Rangoon Lunatic Asylum 1893-1897 - 1893-1897
Year: 1893
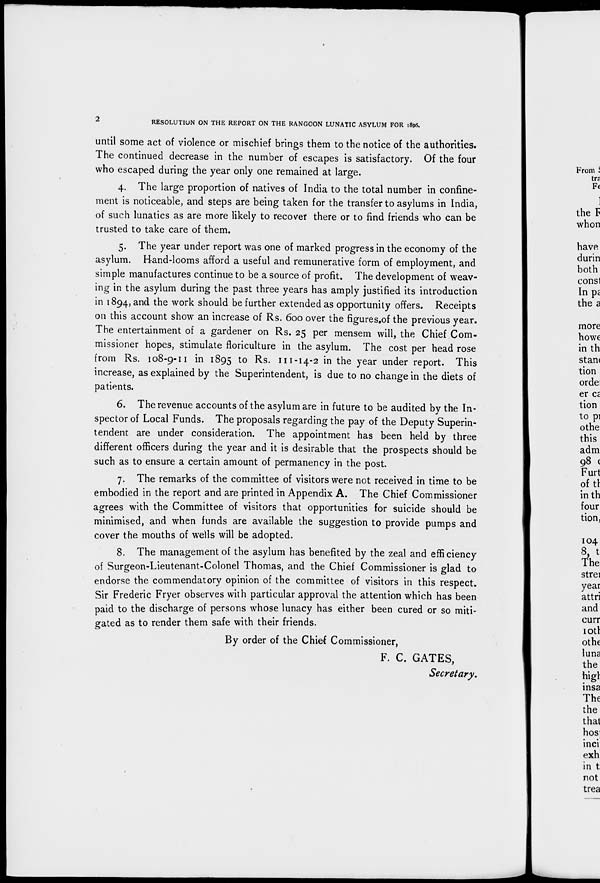
2
RESOLUTION ON THE REPORT ON THE RANGOON LUNATIC ASYLUM FOR 1896.
until some act of violence or mischief brings them to the notice of the authorities.
The continued decrease in the number of escapes is satisfactory. Of the four
who escaped during the year only one remained at large.
4. The large proportion of natives of India to the total number in confine-
ment is noticeable, and steps are being taken for the transfer to asylums in India,
of such lunatics as are more likely to recover there or to find friends who can be
trusted to take care of them.
5. The year under report was one of marked progress in the economy of the
asylum. Hand-looms afford a useful and remunerative form of employment, and
simple manufactures continue to be a source of profit. The development of weav-
ing in the asylum during the past three years has amply justified its introduction
in 1894, and the work should be further extended as opportunity offers. Receipts
on this account show an increase of Rs. 600 over the figures of the previous year.
The entertainment of a gardener on Rs. 25 per mensem will, the Chief Com-
missioner hopes, stimulate floriculture in the asylum. The cost per head rose
from Rs. 108-9-11 in 1895 to Rs. 111-14-2 in the year under report. This
increase, as explained by the Superintendent, is due to no change in the diets of
patients.
6. The revenue accounts of the asylum are in future to be audited by the In-
spector of Local Funds. The proposals regarding the pay of the Deputy Superin-
tendent are under consideration. The appointment has been held by three
different officers during the year and it is desirable that the prospects should be
such as to ensure a certain amount of permanency in the post.
7. The remarks of the committee of visitors were not received in time to be
embodied in the report and are printed in Appendix A. The Chief Commissioner
agrees with the Committee of visitors that opportunities for suicide should be
minimised, and when funds are available the suggestion to provide pumps and
cover the mouths of wells will be adopted.
8. The management of the asylum has benefited by the zeal and efficiency
of Surgeon-Lieutenant-Colonel Thomas, and the Chief Commissioner is glad to
endorse the commendatory opinion of the committee of visitors in this respect.
Sir Frederic Fryer observes with particular approval the attention which has been
paid to the discharge of persons whose lunacy has either been cured or so miti-
gated as to render them safe with their friends.
By order of the Chief Commissioner,
F. C. GATES,
Secretary.